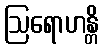
ဩရောဟန္တိ